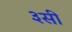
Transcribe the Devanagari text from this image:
३सी